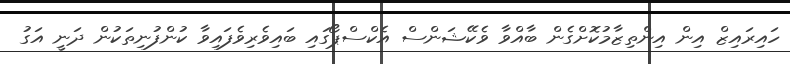
ހައިރައިޒް އިން އިންތިޒާމުކޮށްގެން ބާއްވާ ވެކޭޝަންސް އެކްސްޕޯގައި ބައިވެރިވެފައިވާ ކުންފުނިތަކުން ދަނީ އަގު